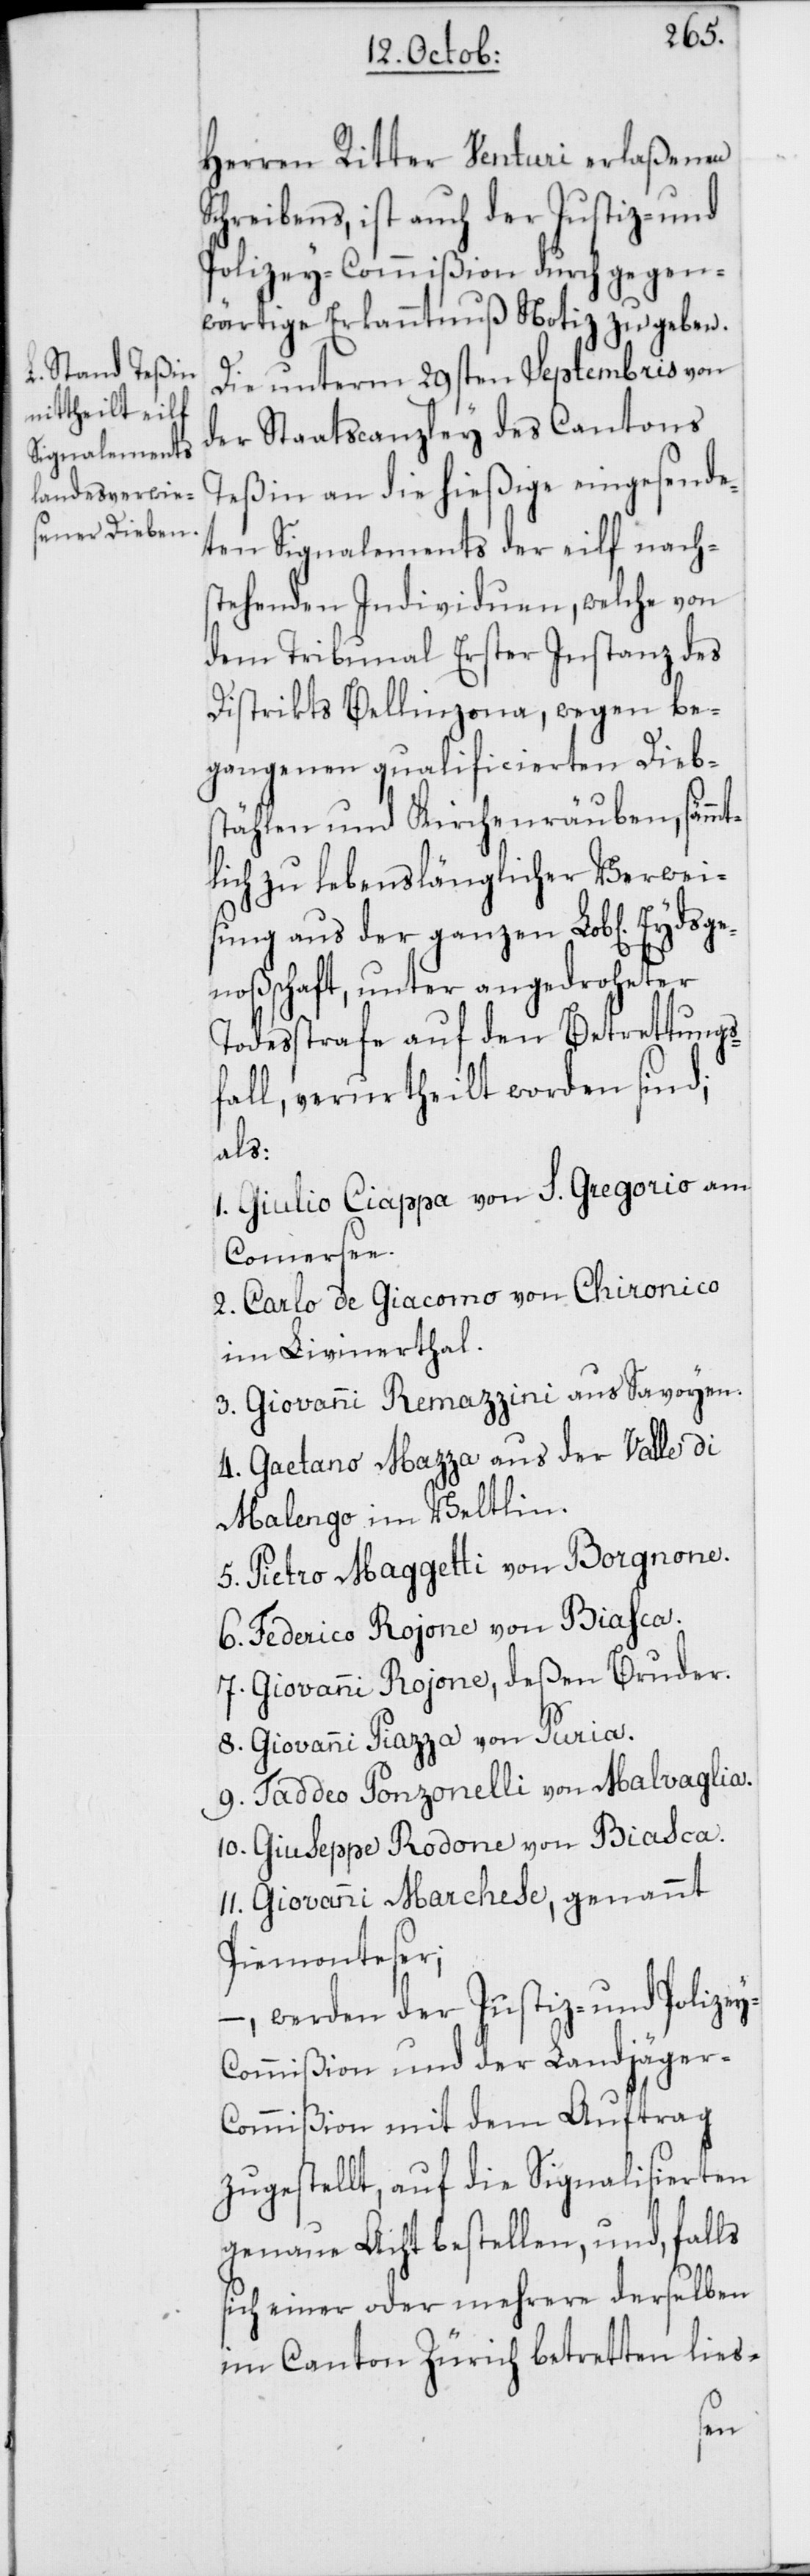
Herren Ritter Venturi erlaßenen
Schreibens, ist auch der Justiz- und
Polizey-Commißion durch gegen¬
wärtige Erkanntnuß Notiz zu geben.
Die unterm 29sten Septembris von
der Staatscanzley des Cantons
Teßin an die hießige eingesende¬
ten Signalements der elf nach¬
stehenden Individuen, welche von
dem Tribunal Erster Instanz des
Distrikts Bellinzona, wegen be¬
gangenen qualificierten Dieb¬
stählen und Kirchenräuben, sämmt¬
lich zu lebenslänglicher Verwei¬
sung aus der ganzen Lob[lichen]
enoßschaft, unter angedroheter
Todesstrafe auf den Betrettungs¬
fall, verurtheilt worden sind;
als:
1. Giulio Ciappa von S. Gregorio am
Comersee.
2. Carlo de Giacomo von Chironico
im Livinerthal.
3. Giovanni Remazzini aus Savoyen.
4. Gaetano Mazza aus der Valle di
Malengo im Veltlin.
5. Pietro Maggetti von Borgnone.
6. Federico Rojone von Biasca.
7. Giovanni Rojone, deßen Bruder.
8. Giovanni Piazza von Puria.
9. Taddeo Ponzonelli von Malvaglia.
10. Giuseppe Rodone von Biasca.
11. Giovanni Marchese, genannt
Piemonteser;
–, werden der Justiz- und Polize¬
y-Commißion und der Landjäger-C¬
ommißion mit dem Auftrag
zugestellt, auf die Signalisierten
genaue Acht bestellen, und, falls
sich einer oder mehrere derselben
im Canton Zürich betretten lies-